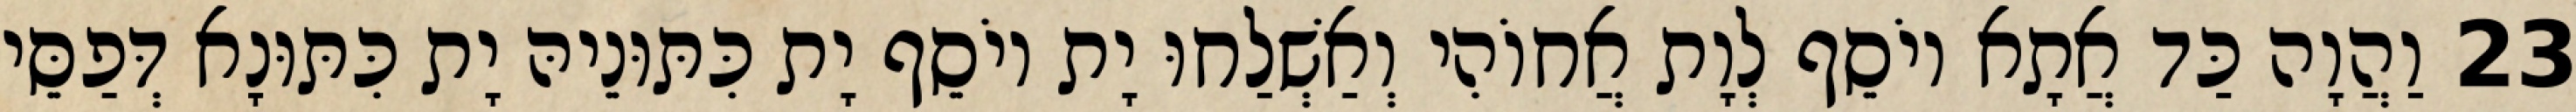
23 וַהֲוָה כַּד אֲתָא יוֹסֵף לְוָת אֲחוֹהִי וְאַשְׁלַחוּ יָת יוֹסֵף יָת כִּתּוּנֵיהּ יָת כִּתּוּנָא דְּפַסֵּי